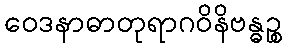
ဝေဒနာဓာတုရာဂဝိနိဗန္ဓဉ္စ